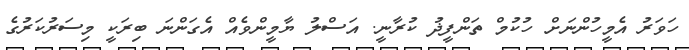
ހަވަރު އެމީހުންނަށް ހުކުމް ތަންފީޛު ކުރާނީ. އަސްލު ޔާމީންވެއް އެގަންނަ ބިރަކީ މިސަރުކަރުގެ